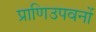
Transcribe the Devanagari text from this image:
प्राणिउपवनों